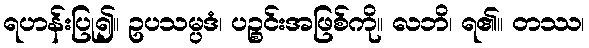
ရဟန်းပြု၍။ ဥပသမ္ပဒံ၊ ပဉ္စင်းအဖြစ်ကို။ လဘိ၊ ရ၏။ တဿ၊